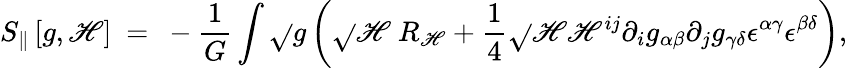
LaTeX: S_{\| }\left[g,\mathscr{H}\right]~=~-{\frac{{1}}{{G}}}\int\sqrt{}{g}\left(\sqrt{}{\mathscr{H}}~R_{\mathscr{H}}+{\frac{{1}}{{4}}}\sqrt{}{\mathscr{H}}\mathscr{H}^{ij}\partial_{i}g_{\alpha\beta}\partial_{j}g_{\gamma\delta}{\epsilon}^{\alpha\gamma}{\epsilon}^{\beta\delta}\right),